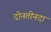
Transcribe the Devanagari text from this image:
दोनतीनदा